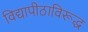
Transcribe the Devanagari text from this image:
विद्यापीठाविरूद्ध